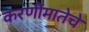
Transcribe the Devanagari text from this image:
करणीमातेचे